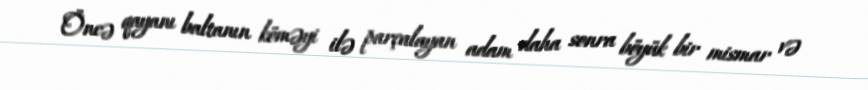
Öncə qayanı baltanın köməyi ilə parçalayan adam daha sonra böyük bir mismar və